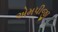
એમપીજી